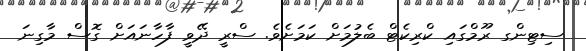
ސިޓިންގ ރޫމްގައި ކްރިކެޓް ބެލުމަށް ކަމަށެވެ. ސްރީ ދޭވީ ފާހާނައަށް ގޮސް މާގިނަ